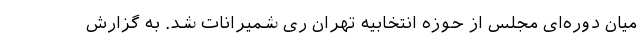
میان دوره‌ای مجلس از حوزه انتخابیه تهران ری شمیرانات شد. به گزارش